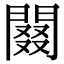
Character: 䦤